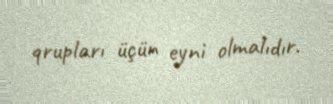
qrupları üçün eyni olmalıdır.